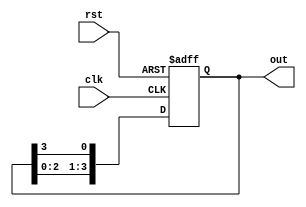
module ring_counter (
    input wire clk,
    input wire rst,
    output reg [3:0] out
);

reg [3:0] reg_out;

always @ (posedge clk or posedge rst)
begin
    if (rst)
        reg_out <= 4'b0000;
    else
        reg_out <= {reg_out[2:0], reg_out[3]};
end

assign out = reg_out;

endmodule